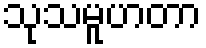
သုသမူဟတာ